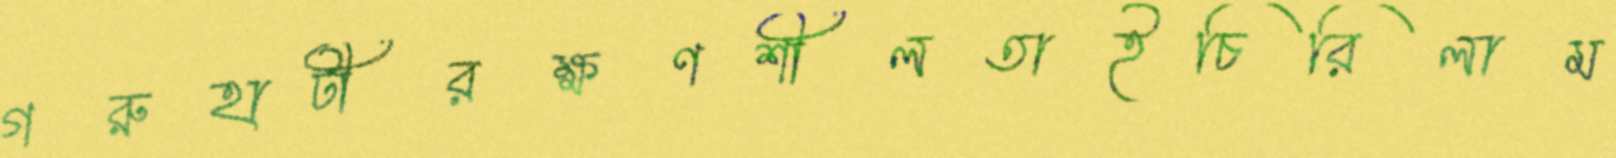
গরুহাটীরক্ষণশীলতাইচিরিলাম